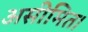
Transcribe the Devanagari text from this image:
असीमित।